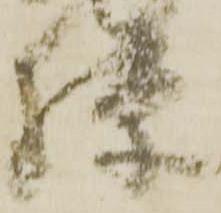
騨